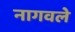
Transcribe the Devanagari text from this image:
नागवले